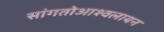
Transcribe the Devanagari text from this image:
सांगतोआश्वलायन